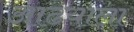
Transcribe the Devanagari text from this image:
आढयाला